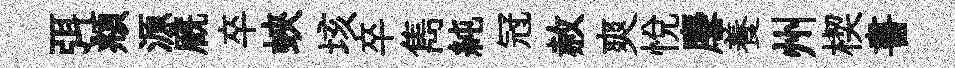
弭頫源廐卒蛺垓卒雋純冠赦爽悦麐養州楔書